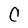
Character: C